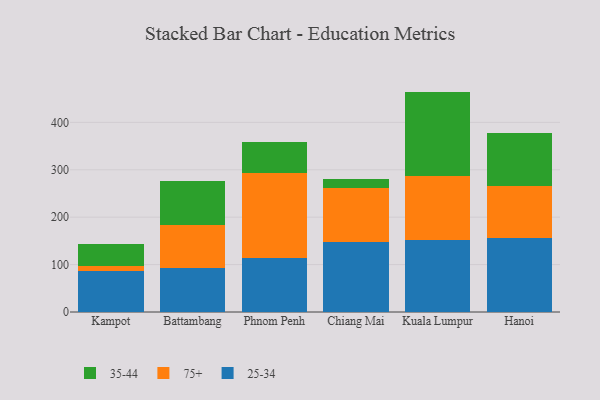
{"axis": {"x": "City", "y": "Latency (ms)"}, "legend": ["25-34", "35-44", "75+"], "data": [{"x": "Kampot", "y": 85.5, "type": "25-34"}, {"x": "Kampot", "y": 12.0, "type": "75+"}, {"x": "Kampot", "y": 45.5, "type": "35-44"}, {"x": "Battambang", "y": 93.6, "type": "25-34"}, {"x": "Battambang", "y": 89.4, "type": "75+"}, {"x": "Battambang", "y": 92.5, "type": "35-44"}, {"x": "Phnom Penh", "y": 114.2, "type": "25-34"}, {"x": "Phnom Penh", "y": 179.7, "type": "75+"}, {"x": "Phnom Penh", "y": 64.7, "type": "35-44"}, {"x": "Chiang Mai", "y": 148.0, "type": "25-34"}, {"x": "Chiang Mai", "y": 113.2, "type": "75+"}, {"x": "Chiang Mai", "y": 20.2, "type": "35-44"}, {"x": "Kuala Lumpur", "y": 152.2, "type": "25-34"}, {"x": "Kuala Lumpur", "y": 134.2, "type": "75+"}, {"x": "Kuala Lumpur", "y": 178.5, "type": "35-44"}, {"x": "Hanoi", "y": 156.8, "type": "25-34"}, {"x": "Hanoi", "y": 108.6, "type": "75+"}, {"x": "Hanoi", "y": 111.5, "type": "35-44"}]}